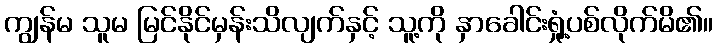
ကျွန်မ သူမ မြင်နိုင်မှန်းသိလျက်နှင့် သူ့ကို နှာခေါင်းရှုံ့ပစ်လိုက်မိ၏။